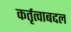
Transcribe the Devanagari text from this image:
कर्तृत्वाबद्दल